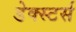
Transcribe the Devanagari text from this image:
डेक्स्टर्स